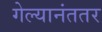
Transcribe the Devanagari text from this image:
गेल्यानंततर